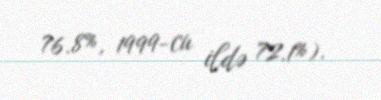
76.8%, 1999-cu ildə 72.1%).